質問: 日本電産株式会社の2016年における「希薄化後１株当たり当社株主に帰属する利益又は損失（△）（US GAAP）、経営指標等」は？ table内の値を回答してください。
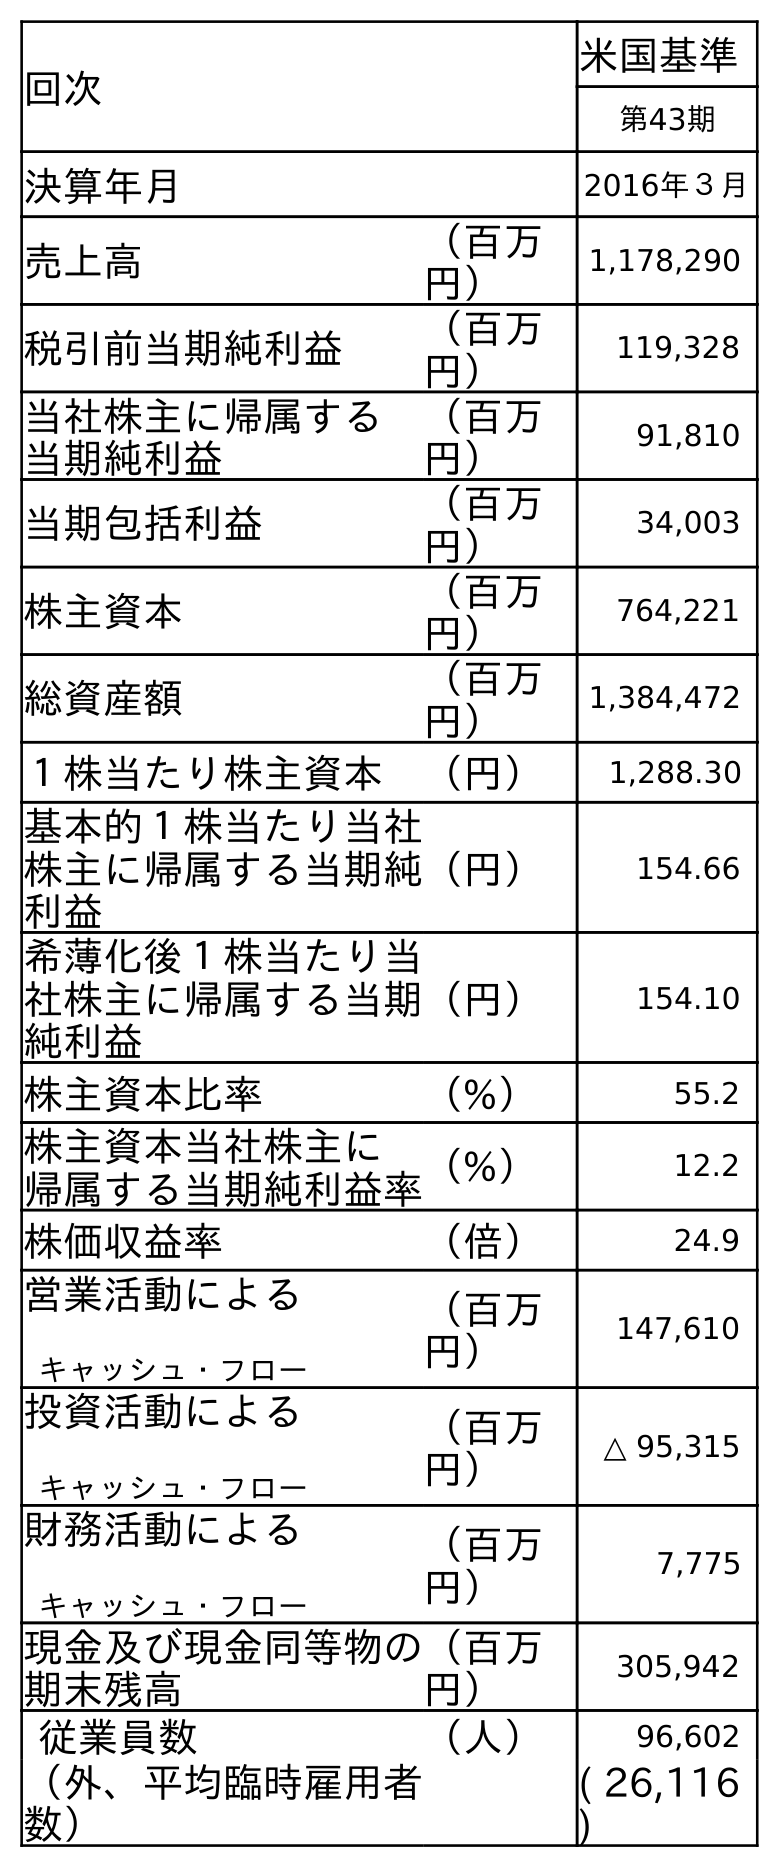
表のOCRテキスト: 回次 米国基準 第43期 決算年月 2016年３月 売上高 （百万 円） 1,178,290 税引前当期純利益 （百万 円） 119,328 当社株主に帰属する 当期純利益 （百万 円） 91,810 当期包括利益 （百万 円） 34,003 株主資本 （百万 円） 764,221 総資産額 （百万 円） 1,384,472 １株当たり株主資本 （円） 1,288.30 基本的１株当たり当社 株主に帰属する当期純 利益 （円） 154.66 希薄化後１株当たり当 社株主に帰属する当期 純利益 （円） 154.10 株主資本比率 （%） 55.2 株主資本当社株主に 帰属する当期純利益率（%） 12.2 株価収益率 （倍） 24.9 営業活動による キャッシュ・フロー （百万 円） 147,610 投資活動による キャッシュ・フロー （百万 円） △ 95,315 財務活動による キャッシュ・フロー （百万 円） 7,775 現金及び現金同等物の 期末残高 （百万 円） 305,942 従業員数 （人） 96,602 （外、平均臨時雇用者 数） ( 26,116 )
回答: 154.10